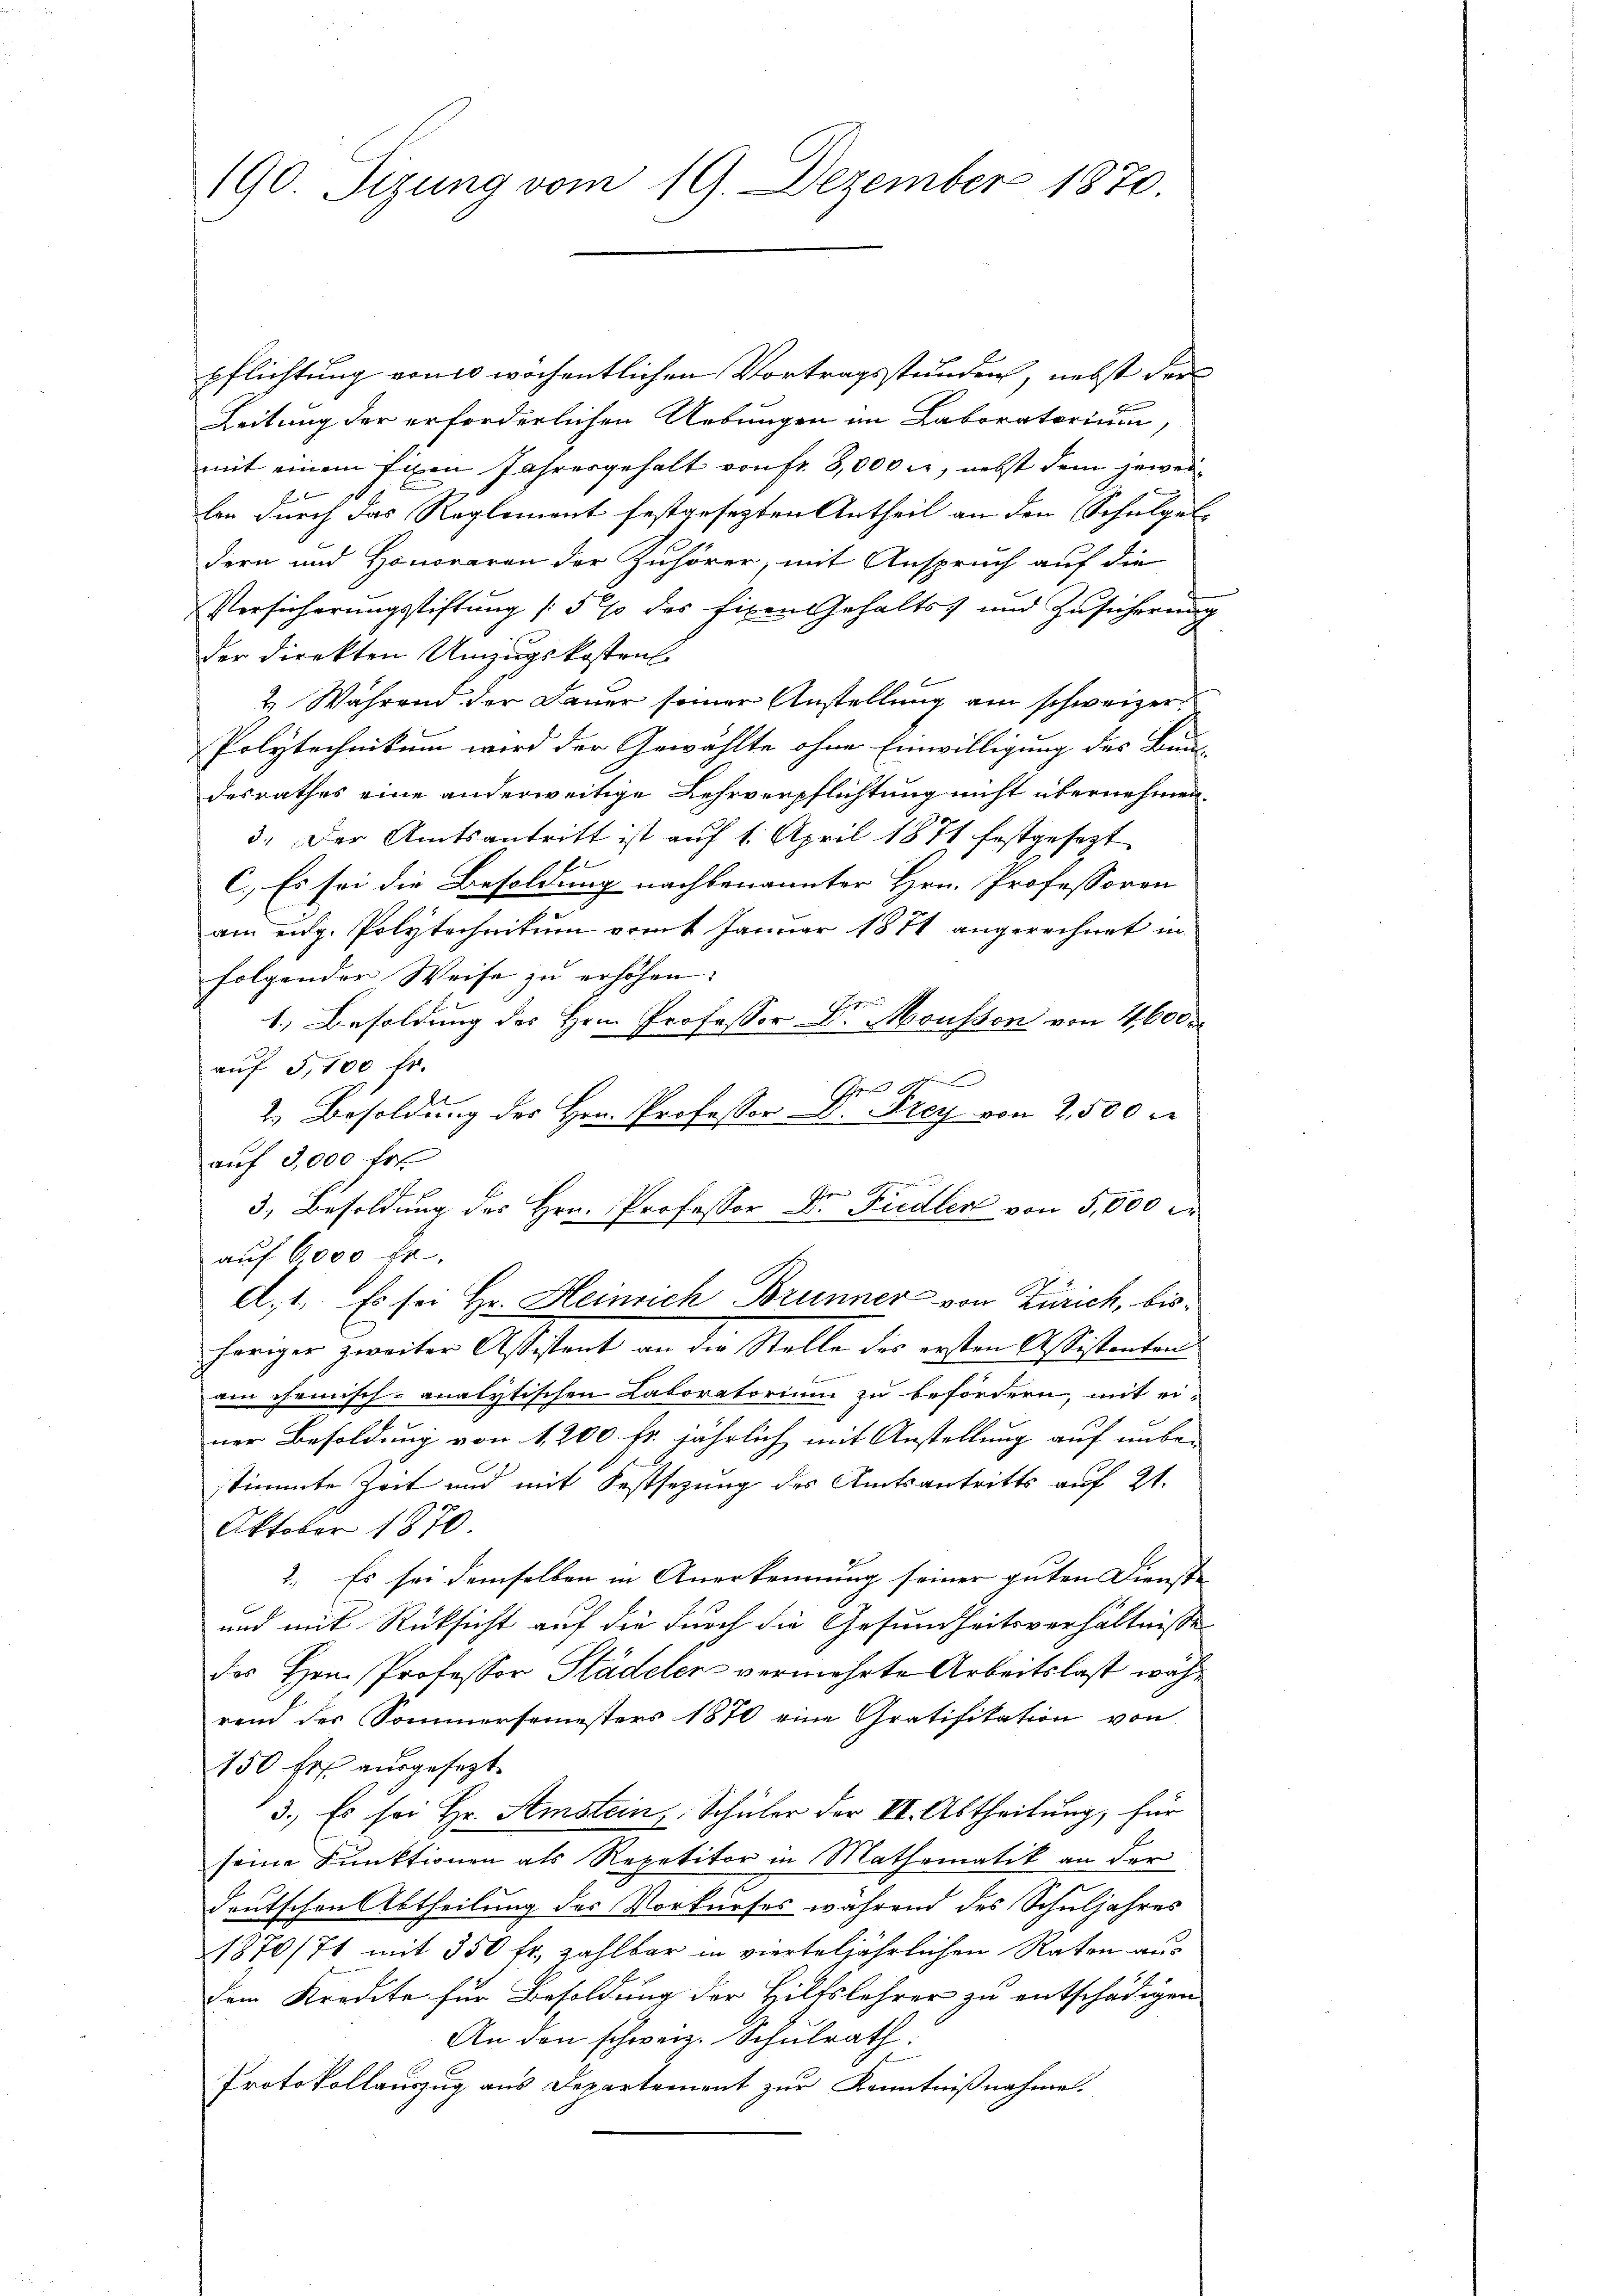
190 Sizung vom 19. Dezember 1870

pflichtung von 10 wöchentlichen Vortragsstunden, nebst der
Leitung der erforderlichen Uebungen im Laboratorium
mit einem fixen Jahresgehalt von fr. 8,000 u. nebst dem jeweilen durch das Reglement festgesezten Antheil an den Schulgel-
dern und Honoraren der Zuhörer, mit Anspruch auf die
Versicherungsstiftung /5% des fixen Gehalts- und Zusicherung
der direkten Umzugskostens
&. Während der Dauer seiner Anstellung am schweizer
Polytechnikum wird der Gewählte ohne Einwilligung des Bun-
desrathes eine anderweitige Lehrverpflichtung nicht übernehmen.
3. Der Amtsantritt ist auf 1. April 1871 festgesezt
c.) Es sei die Besoldung nachbenannter Hrn. Professoren
am eidg. Polytechnikum vom 1 Januar 1871 angerechnet in
folgenden Weise zu erhöhen.
1.) Besoldung des Hrn. Professor Dr. Mousson von 4600
auf 5,100 fr.
.
Ehe
2.) Besoldung des Hrn. Professor D. Prey von 2,500 rt
auf 3,000 fr.
3.) Besoldung des Hrn. Professor Dr. Fiedler von 5,000 M
auf 6,000 fr.
d. 1. Es sei Hr. Heinrich Brunner von Zürich, bisheriger zweiter Assistent an die Stelle des ersten Assistenten
am chemisch-analytischen Laboratorium zu befördern, mit ei-
ner Besoldung von 1200 Fr. jährlich mit Anstellung auf unbestimmte Zeit und mit Festsezung des Amtsantritts auf 21.
Oktober 1870
2. Es sei demselben in Anerkennung seiner guten Dienste
und mit Rücksicht auf die durch die Gesundheitsverhältnisse
des Hrn. Professor Städeler vermehrte Arbeitslast während des Sommersemesters 1870 eine Gratifikation von
150 Fr. ausgesezt.
3.) Es sei Hr. Amstein, Schüler der VI. Abtheilung, für
seine Funktionen als Repetitor in Mathematik an der
deutschen Abtheilung des Vorkurses während des Schuljahres
1870/71 mit 350 fr. zahlbar in vierteljährlichen Raten aus
dem Kredite für Besoldung der Hiltslehrer zu entschädigen
An den schwere. Schulrath:
Protokollauszug aus Departement zur Kenntnißnahme.